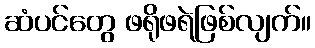
ဆံပင်တွေ ဖရိုဖရဲဖြစ်လျက်။